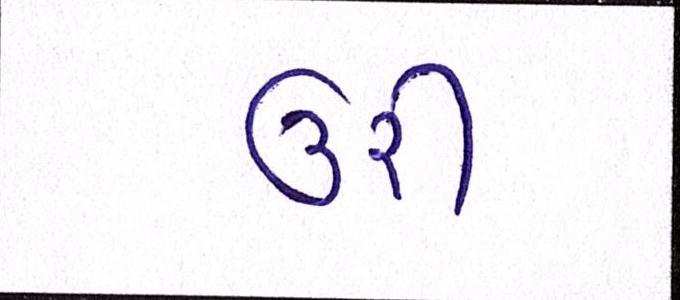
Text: ઉરી